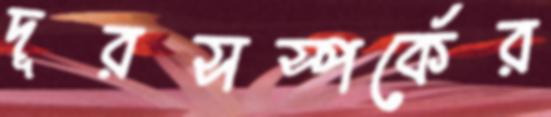
দূরসস্পর্কের